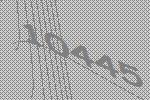
10445